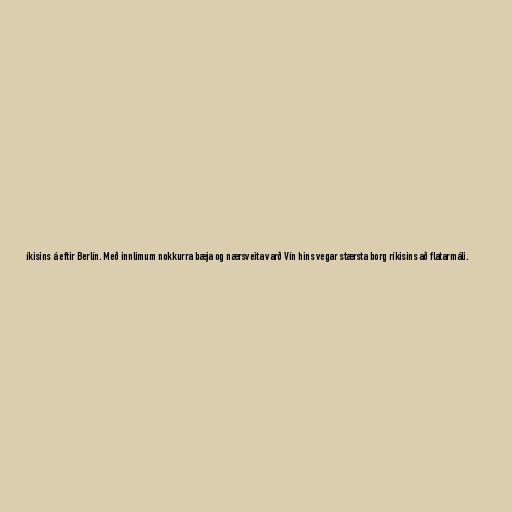
íkisins á eftir Berlín. Með innlimum nokkurra bæja og nærsveita varð Vín hins vegar stærsta borg ríkisins að flatarmáli.